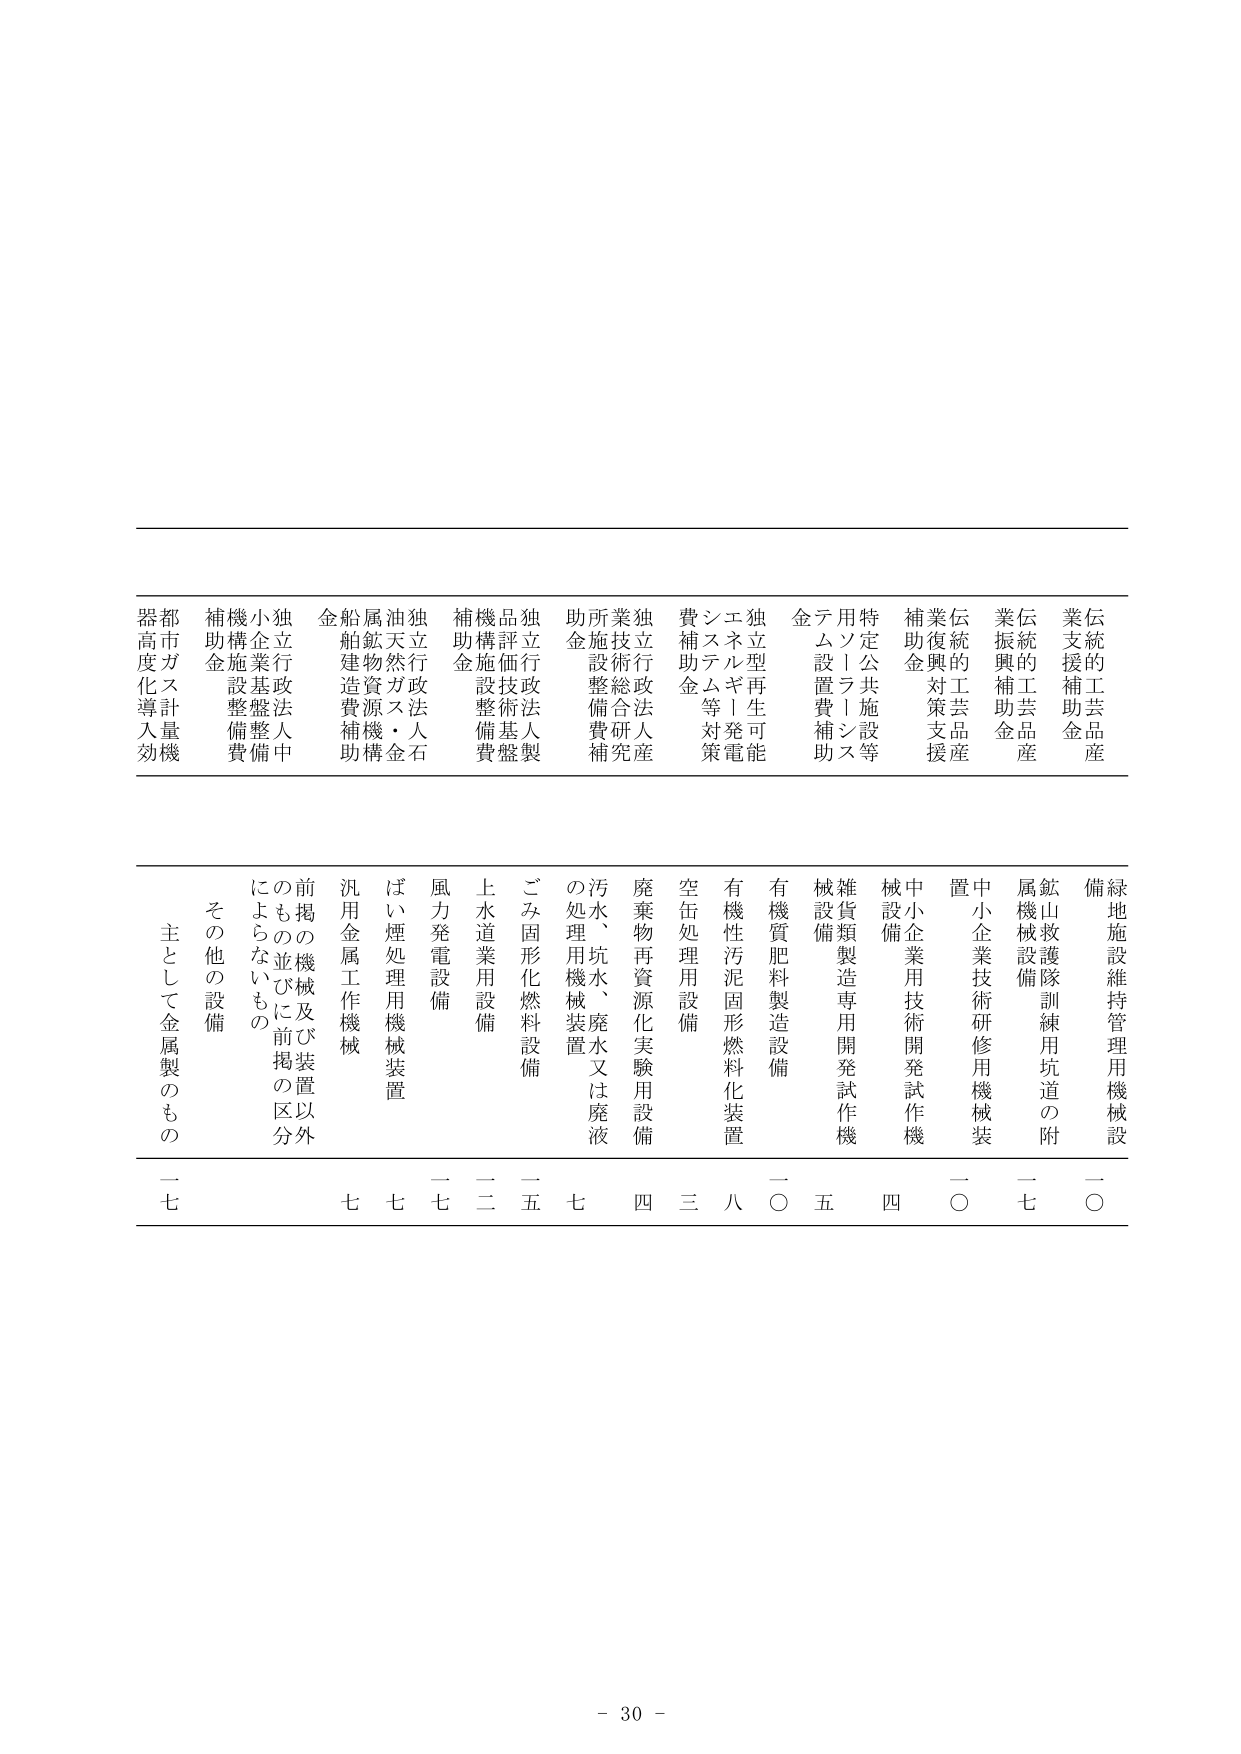
伝統的工芸産業支援補助金
伝統的工芸産業振興補助金
伝統的工芸産業復興対策支援補助金
特定公共施設等用ソーラーシステム設置費補助金
独立型再生可能エネルギー発電システム等対策費補助金
独立行政法人産業技術総合研究所施設整備費補助金
独立行政法人評価技術基盤機構施設整備費補助金
独立行政法人石油天然ガス・金属鉱物資源機構船舶建造費補助金
独立行政法人中小企業基盤整備機構施設整備費補助金
都市ガス計量機器高度化導入効
緑地施設維持管理用機械設備
鉱山救護隊訓練用坑道の附属機械設備
中小企業技術研修用機械装置
中小企業用技術開発試作機械設備
雑貨類製造専用開発試作機械設備
有機質肥料製造設備
有機性汚泥固形燃料化装置
空缶処理用設備
廃棄物再資源化実験用設備
汚水、坑水、廃水又は廃液の処理用機械装置
ごみ固形化燃料設備
上水道業用設備
風力発電設備
ばい煙処理用機械装置
汎用金属工作機械
前掲の機械及び装置以外のもの並びに前掲の区分に よらないもの
その他の設備
主として金属製のもの
一〇
一七
一〇
四
五
一〇
八
三
四
七
二五
二二
一七
七
七
一七
- 30 -